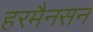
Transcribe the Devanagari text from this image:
हरमैनसन